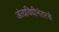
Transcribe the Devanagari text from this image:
अंत्यविधीनंतरचे